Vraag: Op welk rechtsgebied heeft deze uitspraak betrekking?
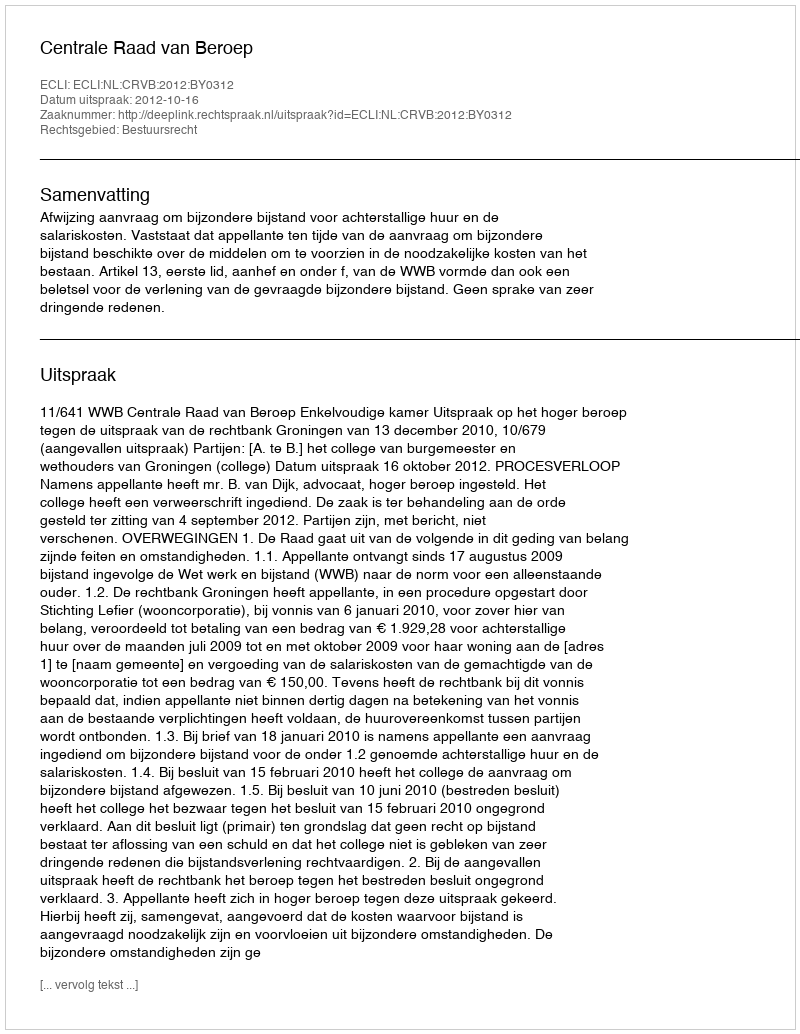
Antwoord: Bestuursrecht